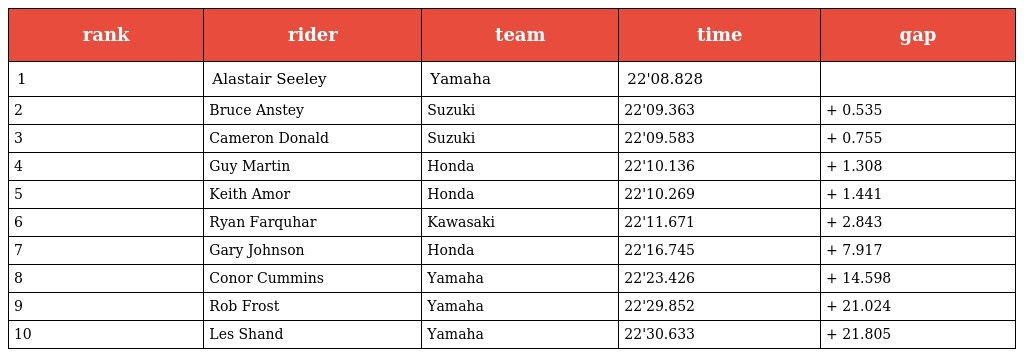
| rank | rider | team | time | gap |
 | --- | --- | --- | --- | --- |
 | 1 | Alastair Seeley | Yamaha | 22'08.828 |  |
 | 2 | Bruce Anstey | Suzuki | 22'09.363 | + 0.535 |
 | 3 | Cameron Donald | Suzuki | 22'09.583 | + 0.755 |
 | 4 | Guy Martin | Honda | 22'10.136 | + 1.308 |
 | 5 | Keith Amor | Honda | 22'10.269 | + 1.441 |
 | 6 | Ryan Farquhar | Kawasaki | 22'11.671 | + 2.843 |
 | 7 | Gary Johnson | Honda | 22'16.745 | + 7.917 |
 | 8 | Conor Cummins | Yamaha | 22'23.426 | + 14.598 |
 | 9 | Rob Frost | Yamaha | 22'29.852 | + 21.024 |
 | 10 | Les Shand | Yamaha | 22'30.633 | + 21.805 |